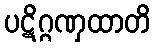
ပဋိဂ္ဂဏှထာတိ